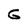
Character: G